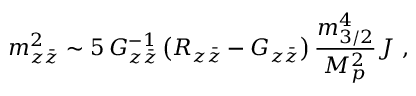
m _ { z { \bar { z } } } ^ { 2 } \sim 5 \, G _ { z { \bar { z } } } ^ { - 1 } \left( R _ { z { \bar { z } } } - G _ { z { \bar { z } } } \right) { \frac { m _ { 3 / 2 } ^ { 4 } } { M _ { p } ^ { 2 } } } { \cal J } \ ,